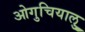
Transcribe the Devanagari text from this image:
ओगुचियालु